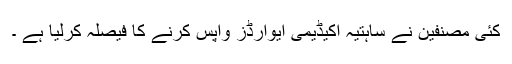
کئی مصنفین نے ساہتیہ اکیڈیمی ایوارڈز واپس کرنے کا فیصلہ کرلیا ہے ۔